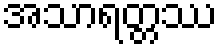
အသာရတ္တဿ